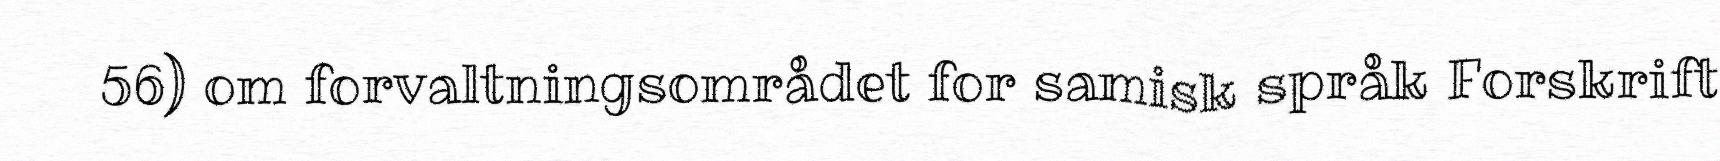
56) om forvaltningsområdet for samisk språk Forskrift